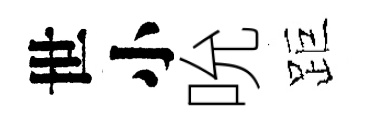
世小吮距